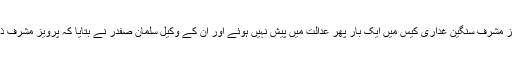
کیس کی سماعت کا آغازہوا تو سابق صدرجنرل(ر)پرویز مشرف سنگین غداری کیس میں ایک بار پھر عدالت میں پیش نہیں ہوئے اور ان کے وکیل سلمان صفدر نے بتایا کہ پرویز مشرف ذہنی اور جسمانی طور پر ملک واپس آنے کے قابل نہیں۔